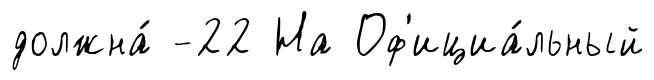
должна́ -22 На Оф'ициа́льный